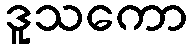
ဒူသကော